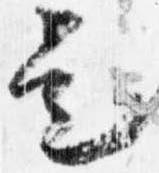
是